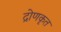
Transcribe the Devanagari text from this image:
द्रोणकृत